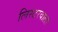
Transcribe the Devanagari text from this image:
लिस्टरवाला